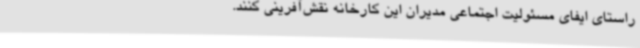
راستای ایفای مسئولیت اجتماعی مدیران این کارخانه نقش‌آفرینی کنند.